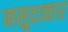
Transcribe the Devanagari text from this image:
मसुदाकार